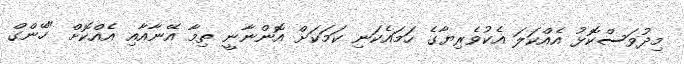
މިދުވަސްކޮޅު އެއްކަލަ އެކުވެރިޔާގެ ހަމައެކަނި ކަމަކަށް އޮންނާނީ ތިމާ އޭނާއާއި އެއްކޮށް "ހޭންގް